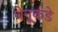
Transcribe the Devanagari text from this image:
धेनूकडे